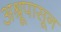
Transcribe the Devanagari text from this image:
अश्रूपासून